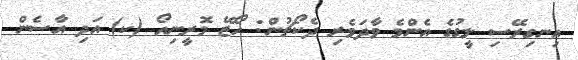
އިނގިރޭސި ލީގުގެ އެންމެ ވާދަވެރި ދެކޯޗުން: ހޯޒޭ މޮރީނިއޯ (ކ) އަދި އާސެން